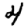
Digit: 4